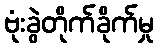
ဗုံးခွဲတိုက်ခိုက်မှု